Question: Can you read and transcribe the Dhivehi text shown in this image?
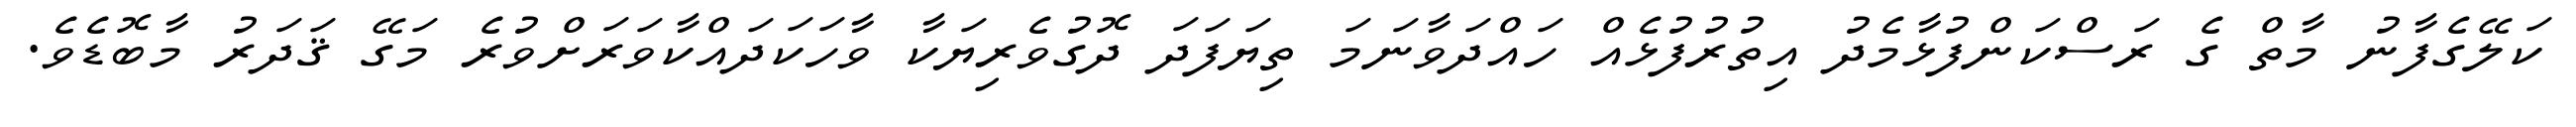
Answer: ކަލޭގެފާނު މާތް ގެ ރަސްކަންފުޅާމެދު އިތުރުފުޅެއް ހައްދަވާނަމަ ތިޔަފަދަ ދޮގުވެރިޔަކާ ވާހަކަދައްކާވަރަށްވުރެ މަގޭ ޤަދަރު މާބޮޑެވެ.